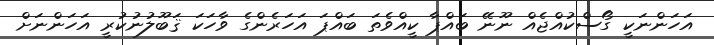
އަހަންނަކީ ގޯސްކުއްޖެއް ނޫނޭ ބައްޕާ ކީއްވެތަ ބައްޕަ އަހަރެންގެ ވާހަކަ ޤަބޫލުނުކުރީ އަހަންނަށް